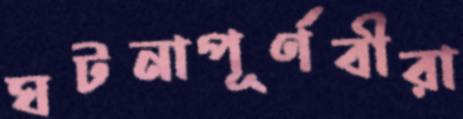
ঘটনাপূর্ণবীরা